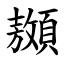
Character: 䫨